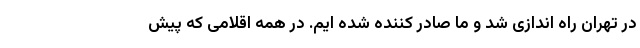
در تهران راه اندازی شد و ما صادر کننده شده ایم. در همه اقلامی که پیش